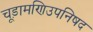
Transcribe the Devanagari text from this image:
चूड़ामणिउपनिषद